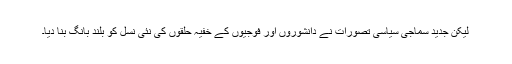
لیکن جدید سماجی سیاسی تصورات نے دانشوروں اور فوجیوں کے خفیہ حلقوں کی نئی نسل کو بلند بانگ بنا دیا۔